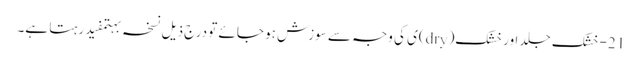
21-خشک جلد اور خشک(dry)ی کی وجہ سے سوزش ہو جائے تو درج ذیل نسخہ بہتمفید رہتا ہے۔